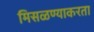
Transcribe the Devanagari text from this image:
मिसळण्याकरता